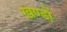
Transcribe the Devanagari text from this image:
ख़ण्डों